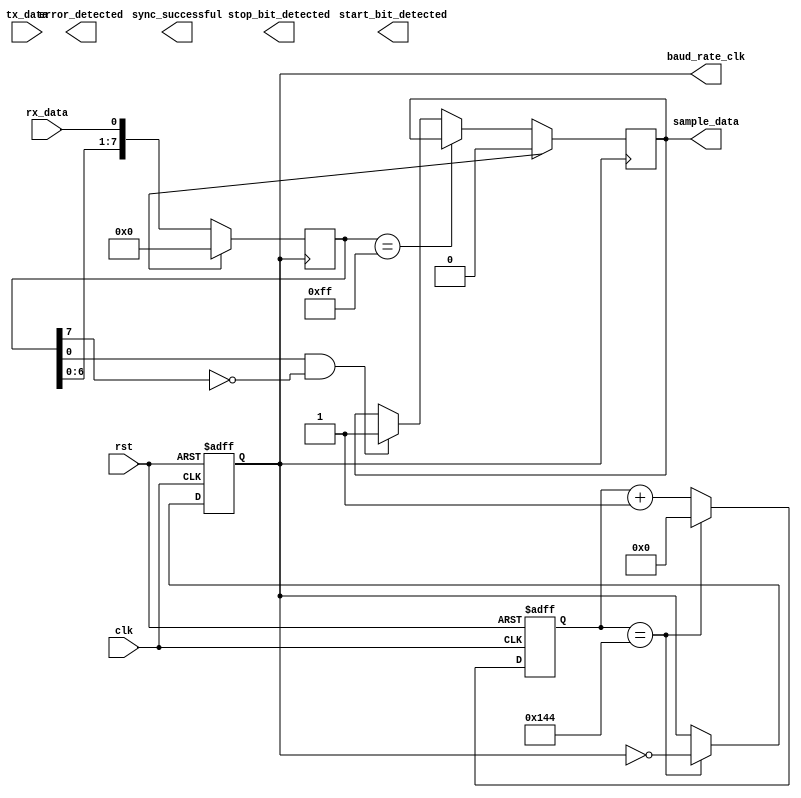
module uart_timing_control (
  input wire clk,
  input wire rst,
  input wire tx_data,
  input wire rx_data,
  output reg baud_rate_clk,
  output reg sample_data,
  output reg start_bit_detected,
  output reg stop_bit_detected,
  output reg sync_successful,
  output reg error_detected
);

// Baud rate clock generation
reg [15:0] baud_counter;
parameter BAUD_RATE = 9600;
parameter CLK_FREQ = 50000000;
always @(posedge clk or posedge rst) begin
  if (rst) begin
    baud_rate_clk <= 0;
    baud_counter <= 0;
  end else begin
    if (baud_counter == (CLK_FREQ / (BAUD_RATE * 16) - 1)) begin
      baud_rate_clk <= ~baud_rate_clk;
      baud_counter <= 0;
    end else begin
      baud_counter <= baud_counter + 1;
    end
  end
end

// Data sampling and bit detection
reg [7:0] shift_reg;
reg start_bit_detected_reg;
reg stop_bit_detected_reg;
always @(posedge baud_rate_clk) begin
  if (reset) begin
    shift_reg <= 8'b00000000;
    sample_data <= 0;
    start_bit_detected_reg <= 0;
    stop_bit_detected_reg <= 0;
  end else begin
    shift_reg <= {shift_reg[6:0], rx_data};
    if (shift_reg == 8'b11111111) begin
      start_bit_detected_reg <= 1;
    end else if ((shift_reg[0] == 1) && (shift_reg[7] == 0)) begin
      sample_data <= 1;
    end else if (shift_reg == 8'b00000000) begin
      stop_bit_detected_reg <= 1;
    end
  end
end

// Synchronization and error detection
reg sync_successful_reg;
reg error_detected_reg;
always @(posedge clk) begin
  if (rst) begin
    sync_successful_reg <= 0;
    error_detected_reg <= 0;
  end else begin
    if (start_bit_detected_reg && stop_bit_detected_reg) begin
      sync_successful_reg <= 1;
    end else begin
      sync_successful_reg <= 0;
    end
    if (rx_data != tx_data) begin
      error_detected_reg <= 1;
    end else begin
      error_detected_reg <= 0;
    end
  end
end

endmodule